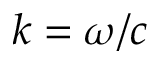
k = \omega / c